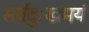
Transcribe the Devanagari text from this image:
सर्वदुःखमयं